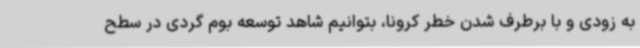
به زودی و با برطرف شدن خطر کرونا، بتوانیم شاهد توسعه بوم گردی در سطح